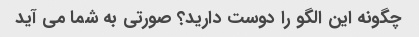
چگونه این الگو را دوست دارید؟ صورتی به شما می آید